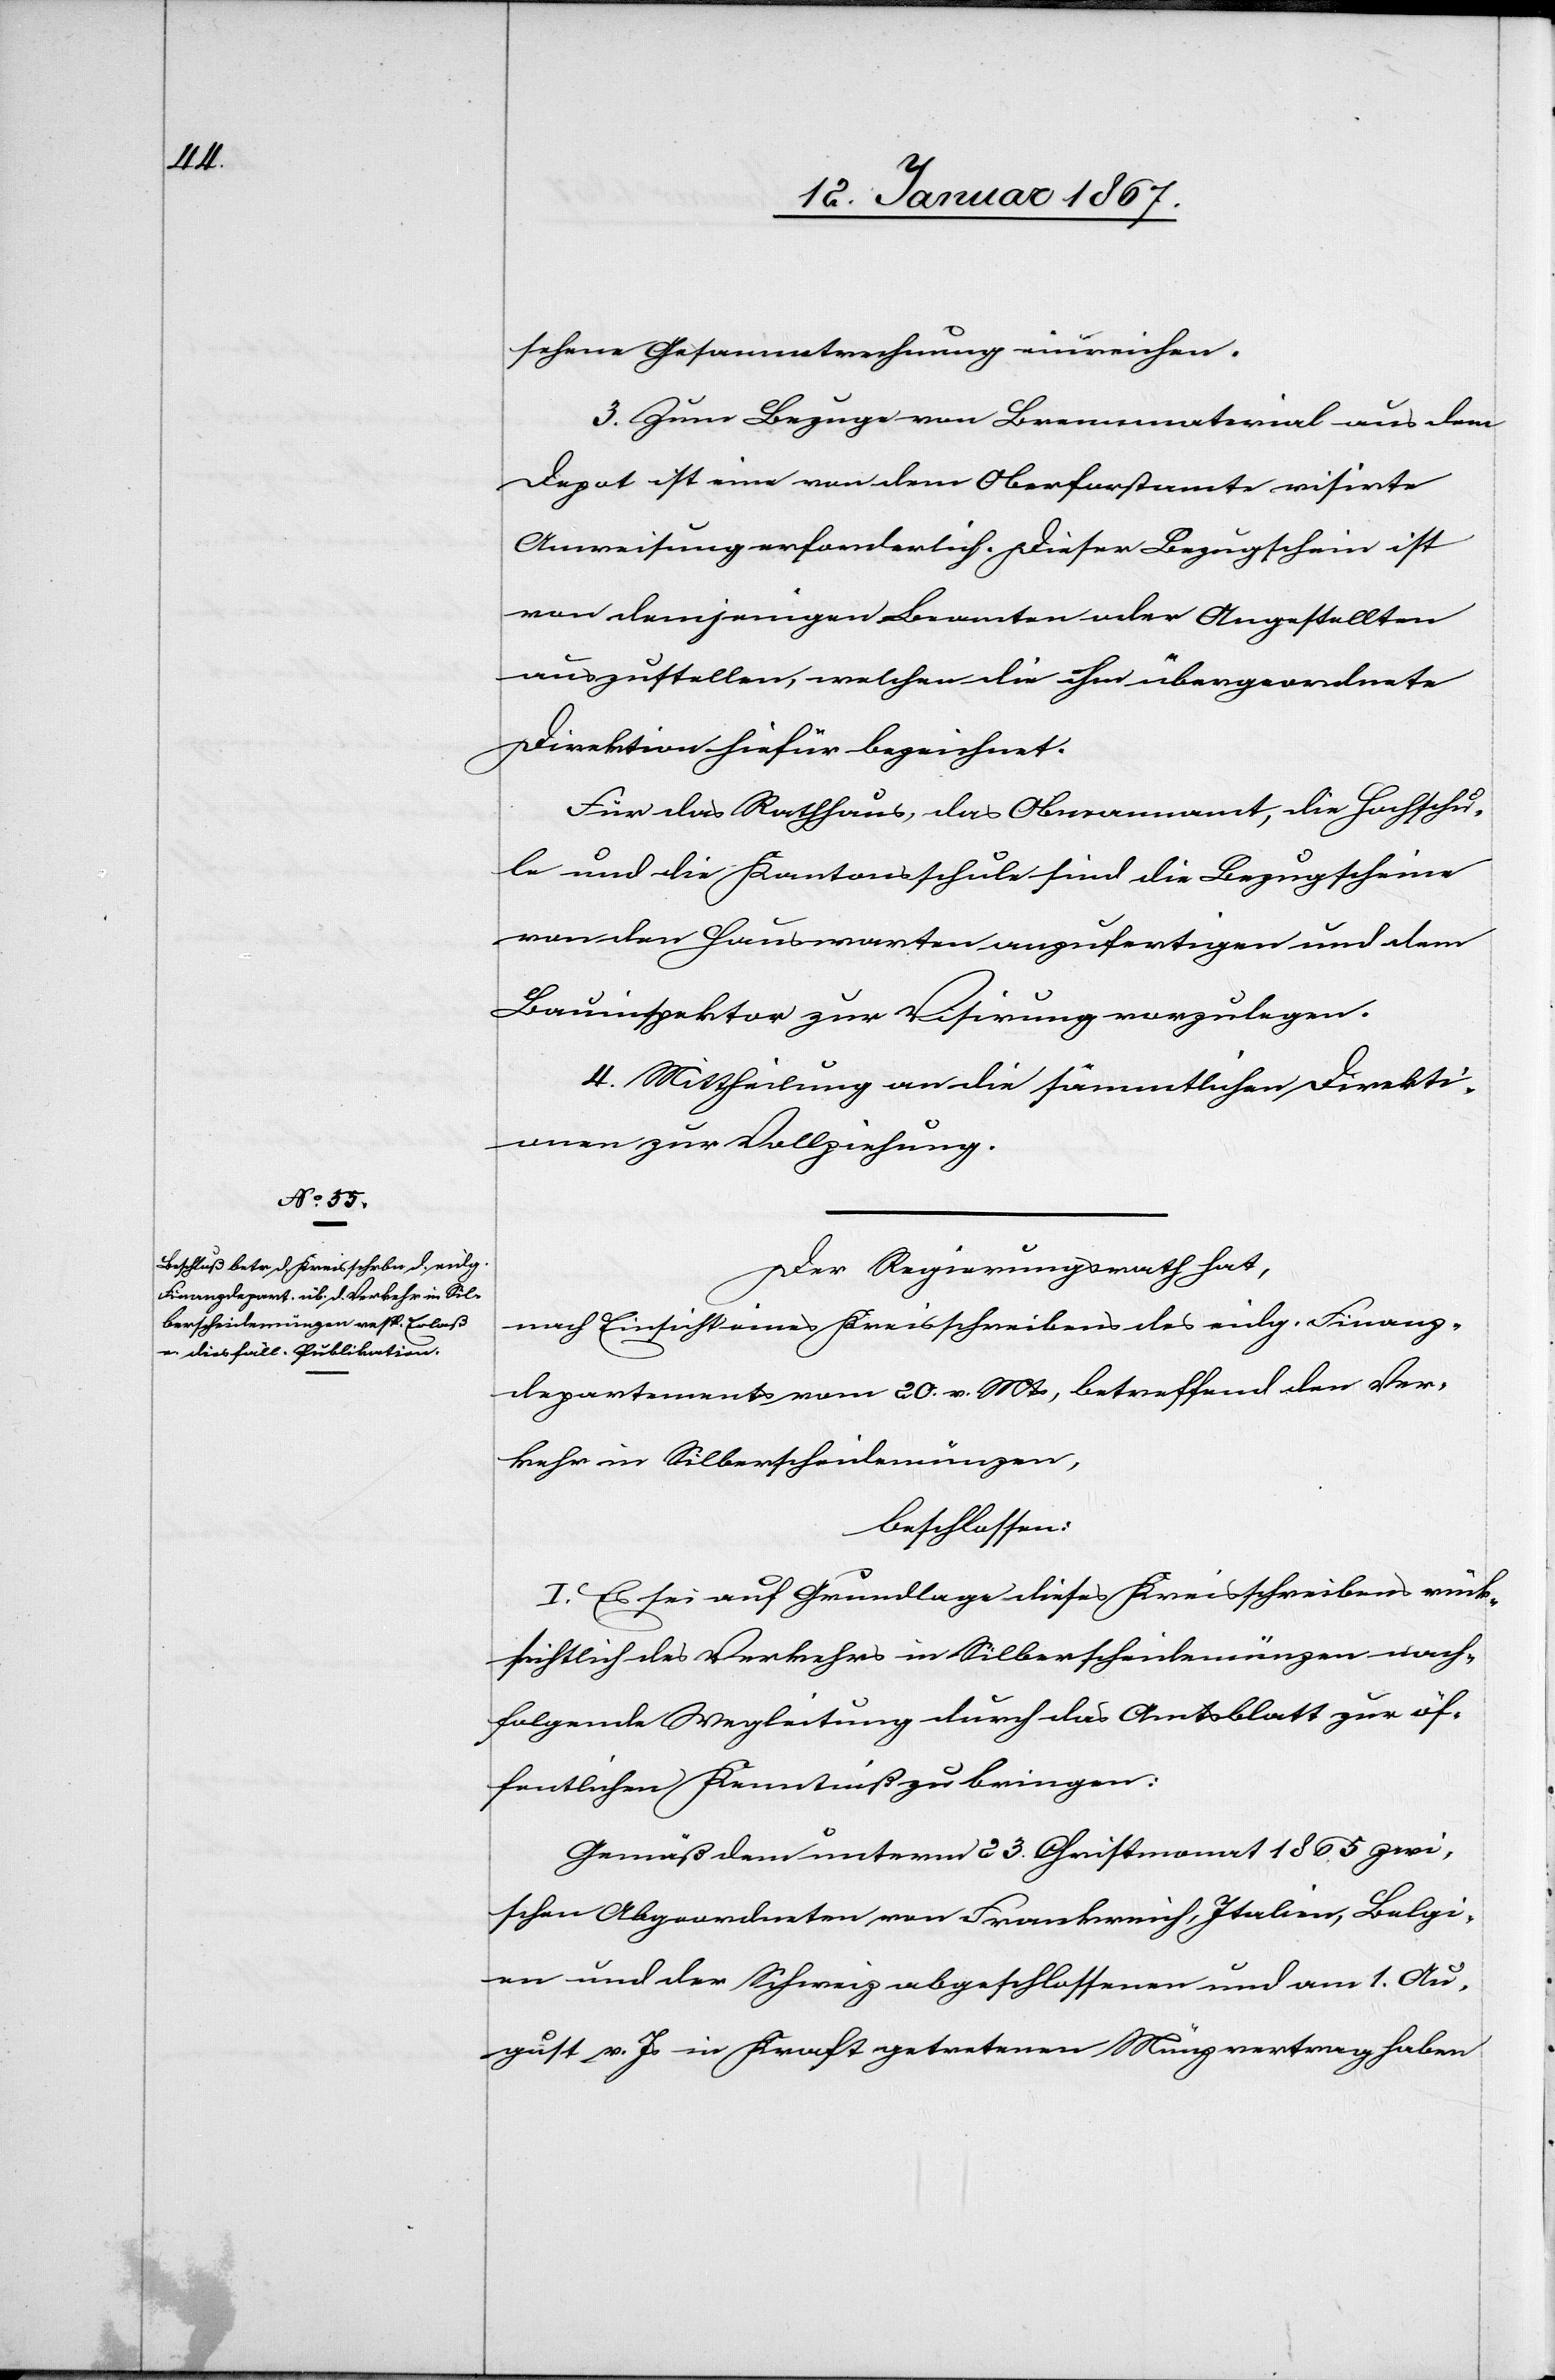
sehene Gesammtrechnung einreichen.
3. Zum Bezuge von Brennmaterial aus dem
Depot ist eine von dem Oberforstamte visirte
Anweisung erforderlich. Dieser Bezugschein ist
von demjenigen Beamten oder Angestellten
auszustellen, welchen die ihm übergeordnete
Direktion hiefür bezeichnet.
Für das Rathhaus, das Obmannamt, die Hochschu¬
le und die Kantonsschule sind die Bezugscheine
von den Hauswarten anzufertigen und dem
Bauinspektor zur Visirung vorzulegen.
4. Mittheilung an die sämmtlichen Direkti¬
onen zur Vollziehung.
Der Regierungsrath hat,
nach Einsicht eines Kreisschreibens des eidg. Finanz¬
departementes vom 20. v. Mts, betreffend den Ver¬
kehr in Silberscheidemünzen,
beschlossen:
I. Es sei auf Grundlage dieses Kreisschreibens rück¬
sichtlich des Verkehrs in Silberscheidemünzen nach¬
folgende Wegleitung durch das Amtsblatt zur öf¬
fentlichen Kenntniß zu bringen:
Gemäß dem unterm 23. Christmonat 1865 zwi¬
schen Abgeordneten von Frankreich, Italien, Belgi¬
en und der Schweiz abgeschlossenen und am 1. Au¬
gust v. Js. in Kraft getretenen Münzvertrag haben